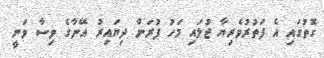
ގޮތުގައި އެ ފަތުރުވެރިޔާ ޖުލައި މަހު ފުރަން ދިޔައިރު އޭނާގެ ވިސާ ވަނީ